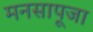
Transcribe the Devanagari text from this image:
मनसापूजा